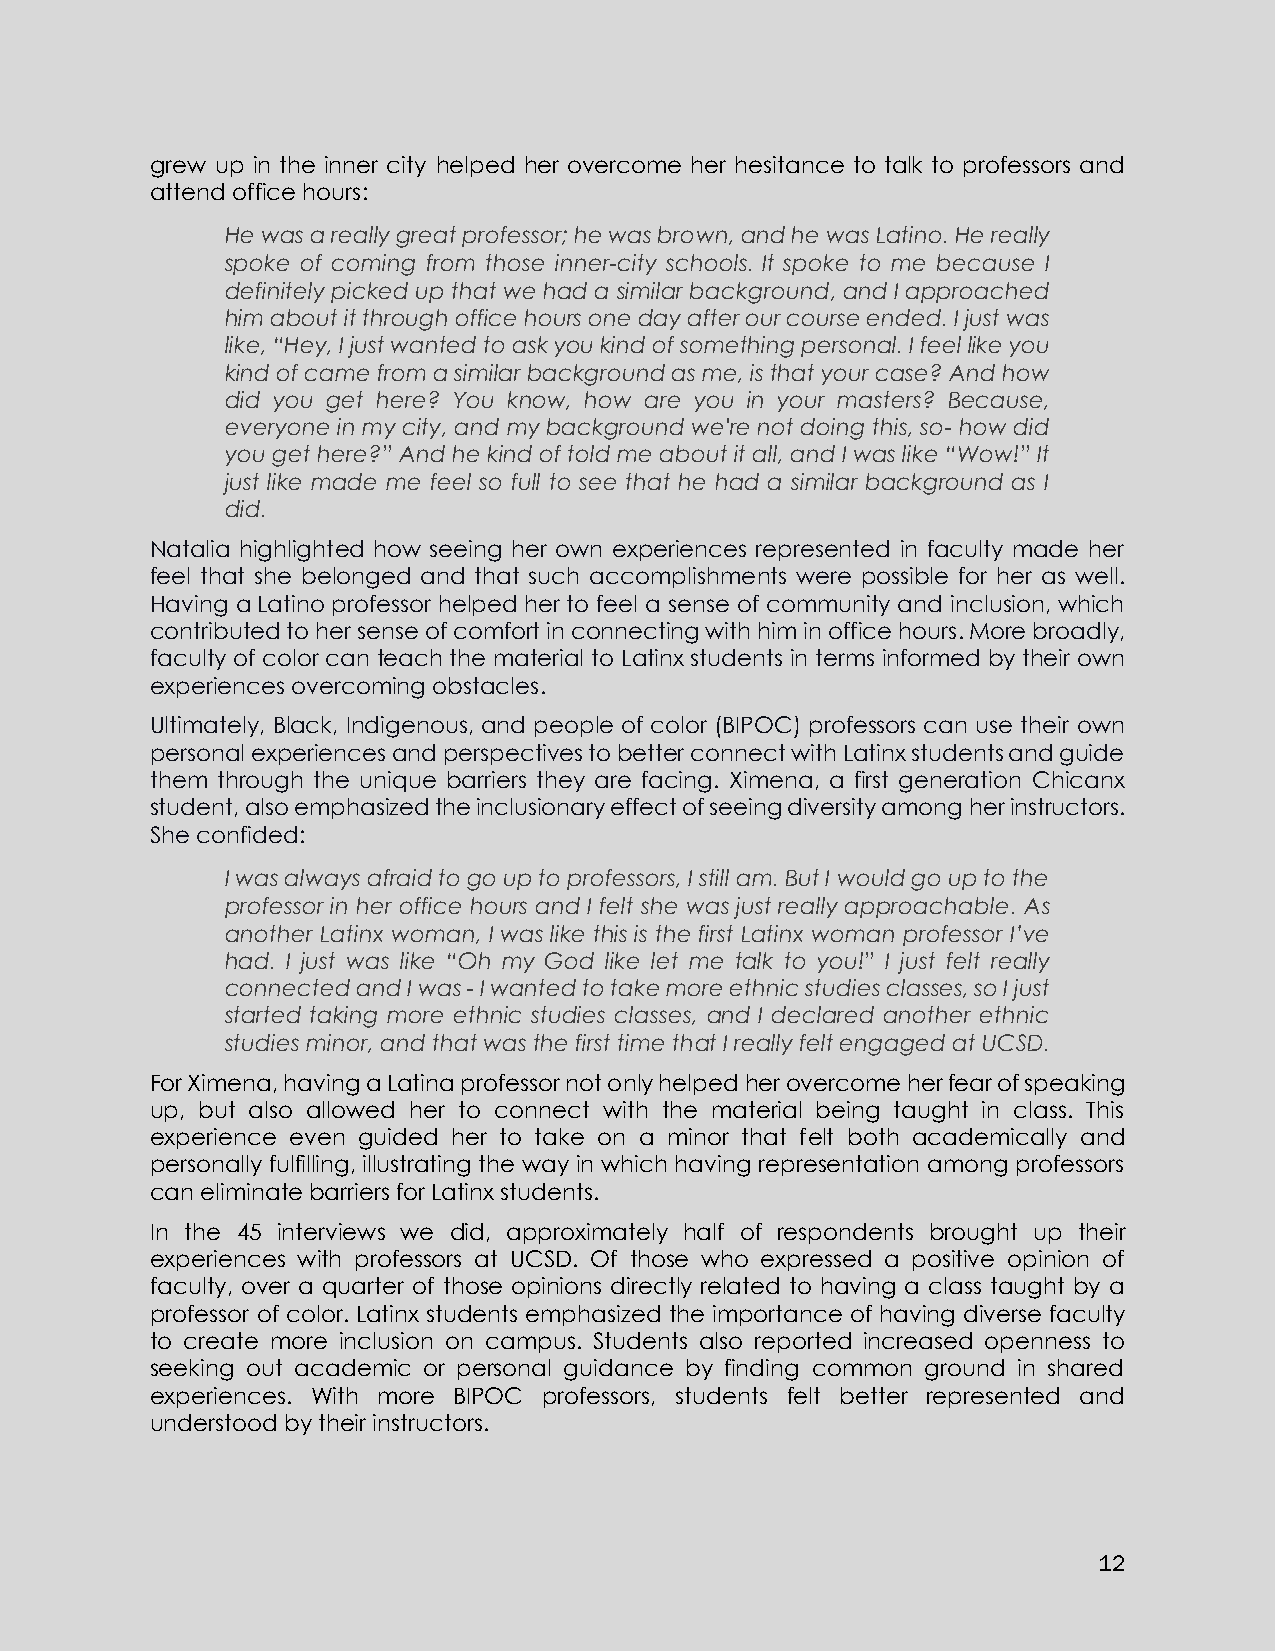
grew up in the inner city helped her overcome her hesitance to talk to professors and
 attend office hours:
 He was a really great professor; he was brown, and he was Latino. He really
 spoke of coming from those inner-city schools. It spoke to me because I
 definitely picked up that we had a similar background, and I approached
 him about it through office hours one day after our course ended. I just was
 like, “Hey, I just wanted to ask you kind of something personal. I feel like you
 kind of came from a similar background as me, is that your case? And how
 did you get here? You know, how are you in your masters? Because,
 everyone in my city, and my background we're not doing this, so- how did
 you get here?” And he kind of told me about it all, and I was like “Wow!” It
 just like made me feel so full to see that he had a similar background as I
 did.
 Natalia highlighted how seeing her own experiences represented in faculty made her
 feel that she belonged and that such accomplishments were possible for her as well.
 Having a Latino professor helped her to feel a sense of community and inclusion, which
 contributed to her sense of comfort in connecting with him in office hours. More broadly,
 faculty of color can teach the material to Latinx students in terms informed by their own
 experiences overcoming obstacles.
 Ultimately, Black, Indigenous, and people of color (BIPOC) professors can use their own
 personal experiences and perspectives to better connect with Latinx students and guide
 them through the unique barriers they are facing. Ximena, a first generation Chicanx
 student, also emphasized the inclusionary effect of seeing diversity among her instructors.
 She confided:
 I was always afraid to go up to professors, I still am. But I would go up to the
 professor in her office hours and I felt she was just really approachable. As
 another Latinx woman, I was like this is the first Latinx woman professor I’ve
 had. I just was like “Oh my God like let me talk to you!” I just felt really
 connected and I was - I wanted to take more ethnic studies classes, so I just
 started taking more ethnic studies classes, and I declared another ethnic
 studies minor, and that was the first time that I really felt engaged at UCSD.
 For Ximena, having a Latina professor not only helped her overcome her fear of speaking
 up, but also allowed her to connect with the material being taught in class. This
 experience even guided her to take on a minor that felt both academically and
 personally fulfilling, illustrating the way in which having representation among professors
 can eliminate barriers for Latinx students.
 In the 45 interviews we did, approximately half of respondents brought up their
 experiences with professors at UCSD. Of those who expressed a positive opinion of
 faculty, over a quarter of those opinions directly related to having a class taught by a
 professor of color. Latinx students emphasized the importance of having diverse faculty
 to create more inclusion on campus. Students also reported increased openness to
 seeking out academic or personal guidance by finding common ground in shared
 experiences. With more BIPOC professors, students felt better represented and
 understood by their instructors.
 12